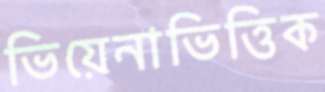
ভিয়েনাভিত্তিক